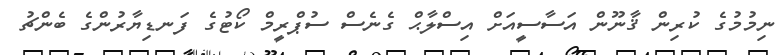
ނިމުމުގެ ކުރިން ޤާނޫން އަސާސީއަށް އިސްލާޙް ގެނެސް ސުޕްރީމް ކޯޓުގެ ފަނޑިޔާރުންގެ ބެންޗު